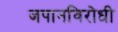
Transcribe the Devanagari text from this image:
जपानविरोधी